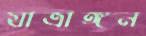
যাত্রাঙ্গন